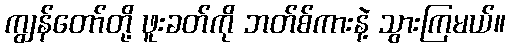
ကျွန်တော်တို့ ဖူးခတ်ကို ဘတ်စ်ကားနဲ့ သွားကြမယ်။